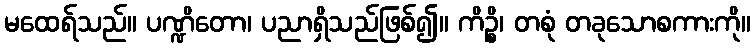
မထေရ်သည်။ ပဏ္ဍိတော၊ ပညာရှိသည်ဖြစ်၍။ ကိဉ္စိ၊ တစုံ တခုသောစကားကို။